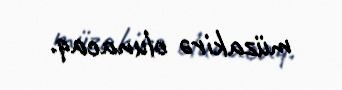
müzakirə olunacaq.